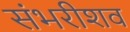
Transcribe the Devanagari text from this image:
संभरीशव